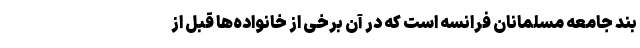
بند جامعه مسلمانان فرانسه است که در آن برخی از خانواده‌ها قبل از